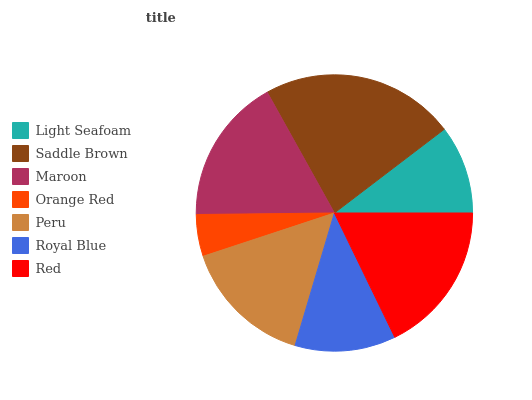
| Light Seafoam | Saddle Brown | Maroon | Orange Red | Peru | Royal Blue | Red |
 | --- | --- | --- | --- | --- | --- | --- |
 | 10.4% | 22.8% | 17% | 4.89% | 15.3% | 11.8% | 17.8% |